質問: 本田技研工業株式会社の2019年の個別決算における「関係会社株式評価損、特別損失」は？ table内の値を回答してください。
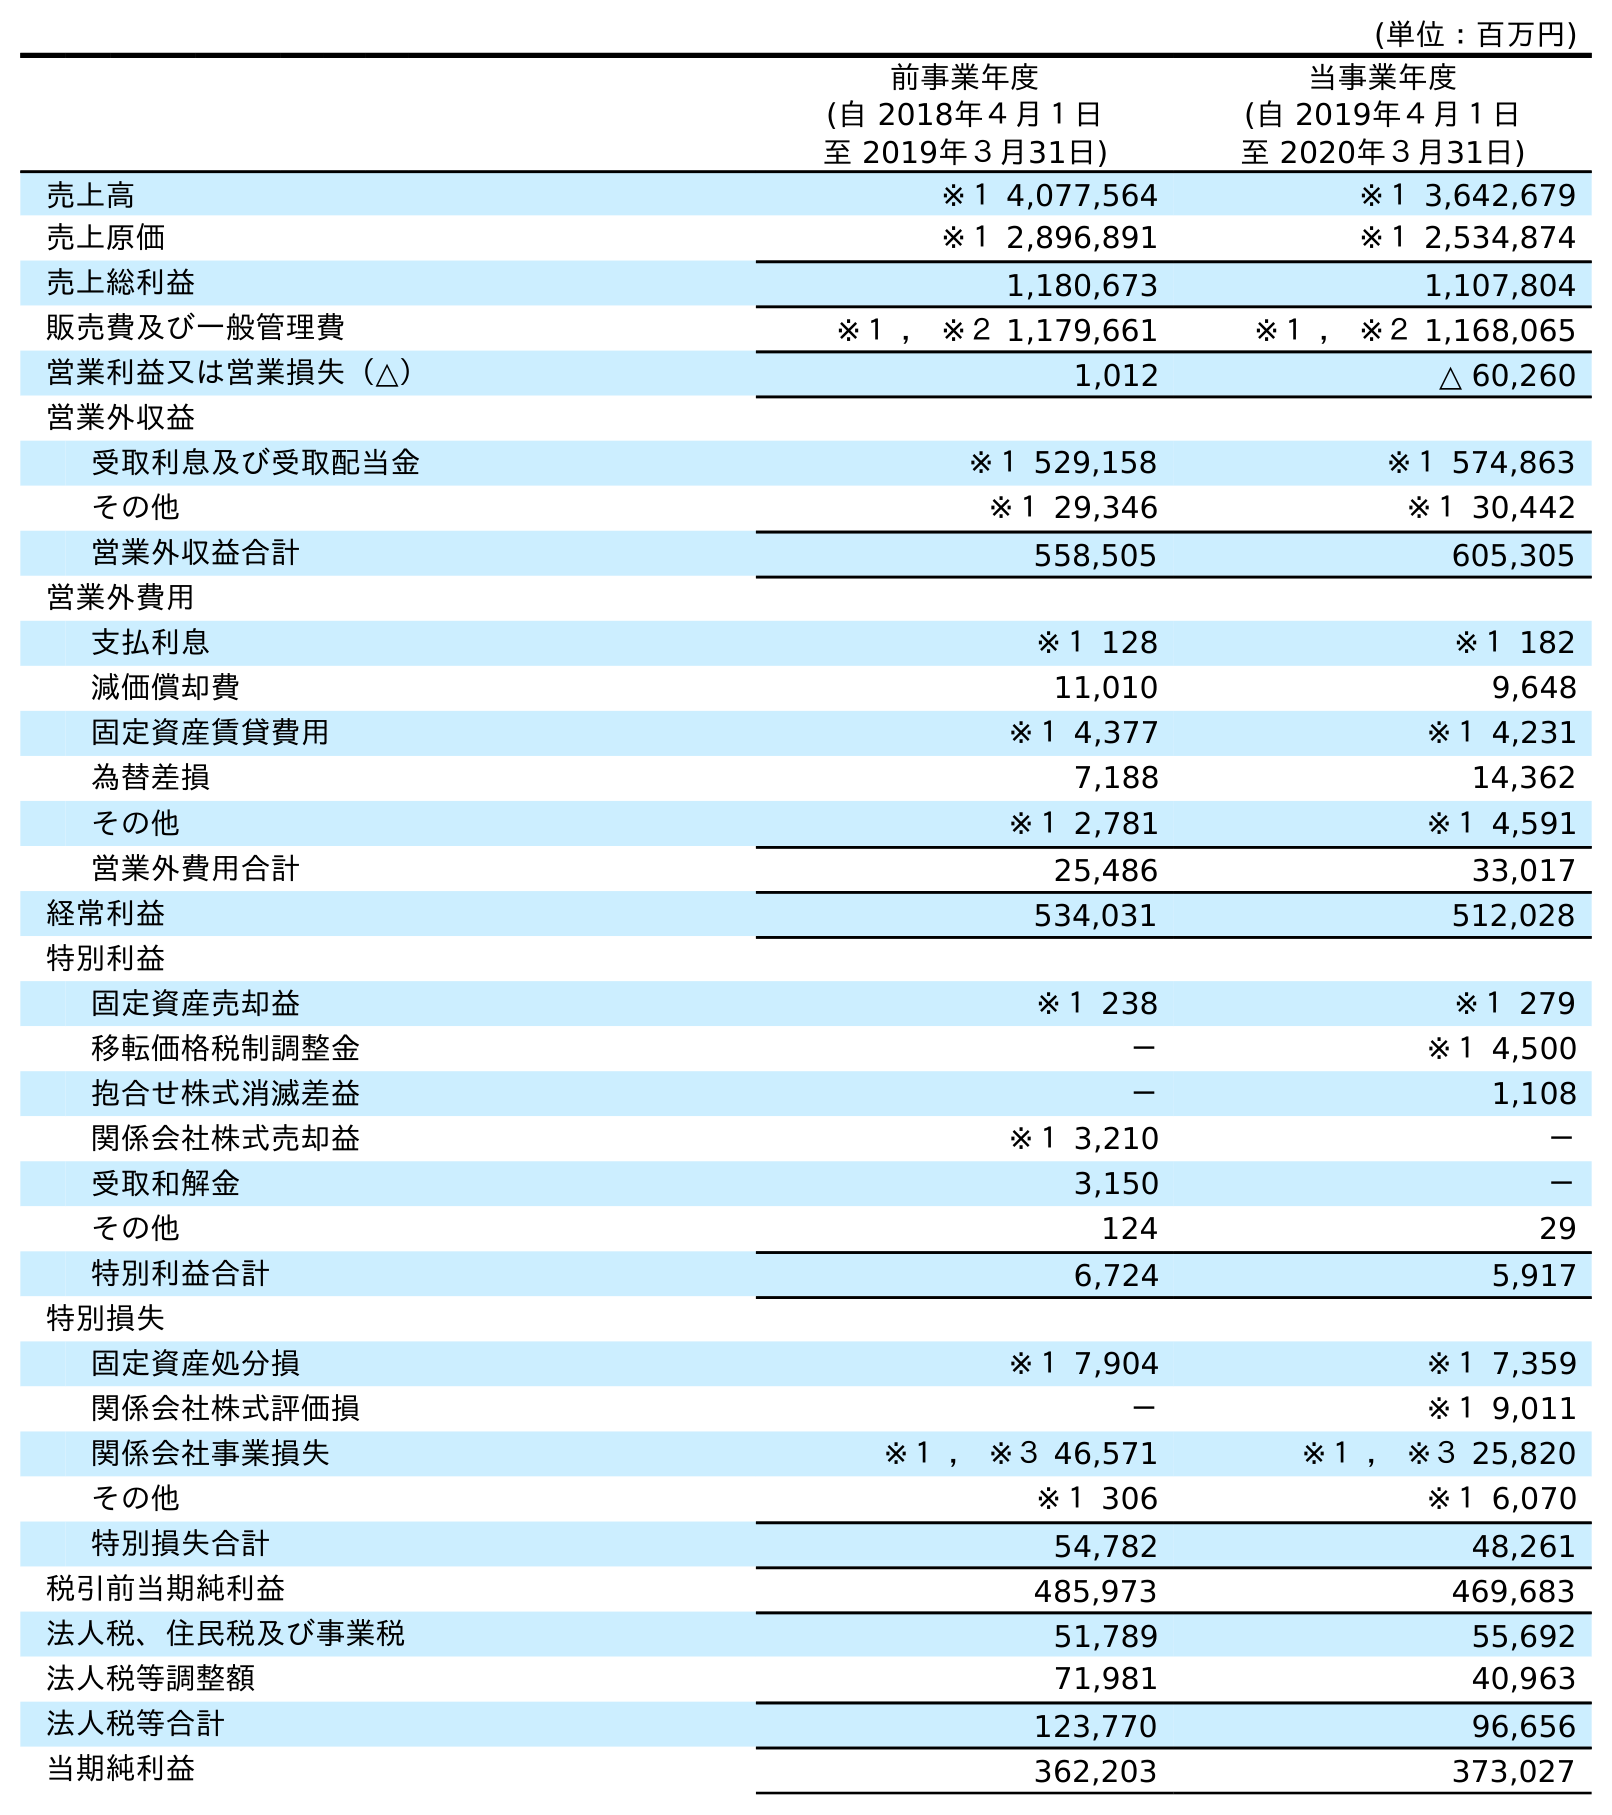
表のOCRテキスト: (単位：百万円) 前事業年度 (自 2018年４月１日 至 2019年３月31日) 当事業年度 (自 2019年４月１日 至 2020年３月31日) 売上高 ※１ 4,077,564 ※１ 3,642,679 売上原価 ※１ 2,896,891 ※１ 2,534,874 売上総利益 1,180,673 1,107,804 販売費及び一般管理費 ※１ ， ※２ 1,179,661 ※１ ， ※２ 1,168,065 営業利益又は営業損失（△） 1,012 △ 60,260 営業外収益 受取利息及び受取配当金 ※１ 529,158 ※１ 574,863 その他 ※１ 29,346 ※１ 30,442 営業外収益合計 558,505 605,305 営業外費用 支払利息 ※１ 128 ※１ 182 減価償却費 11,010 9,648 固定資産賃貸費用 ※１ 4,377 ※１ 4,231 為替差損 7,188 14,362 その他 ※１ 2,781 ※１ 4,591 営業外費用合計 25,486 33,017 経常利益 534,031 512,028 特別利益 固定資産売却益 ※１ 238 ※１ 279 移転価格税制調整金 － ※１ 4,500 抱合せ株式消滅差益 － 1,108 関係会社株式売却益 ※１ 3,210 － 受取和解金 3,150 － その他 124 29 特別利益合計 6,724 5,917 特別損失 固定資産処分損 ※１ 7,904 ※１ 7,359 関係会社株式評価損 － ※１ 9,011 関係会社事業損失 ※１ ， ※３ 46,571 ※１ ， ※３ 25,820 その他 ※１ 306 ※１ 6,070 特別損失合計 54,782 48,261 税引前当期純利益 485,973 469,683 法人税、住民税及び事業税 51,789 55,692 法人税等調整額 71,981 40,963 法人税等合計 123,770 96,656 当期純利益 362,203 373,027
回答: －